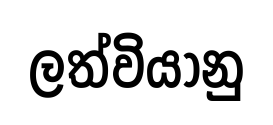
ලත්වියානු